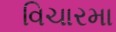
વિચારમા